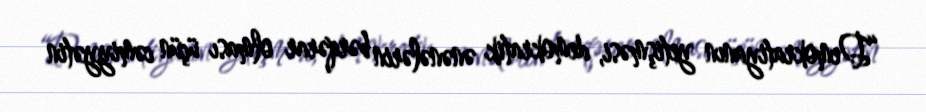
“Demokratiyanın yetişməsi, demokratik ənənələrin bərqərar olması üçün cəmiyyətin